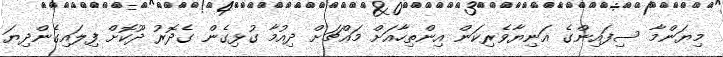
މިޔަންމާ ސިފައިންގެ އަނިޔާވެރިކަން އިންތިހާއަށް މައްޗަށް ދިއުމާ ގުޅިގެން ގެދޮރު ދޫކޮށް ފިލައިގެންދިޔަ